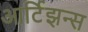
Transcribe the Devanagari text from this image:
आर्टिझन्स